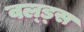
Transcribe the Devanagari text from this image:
वल्ड्स